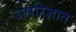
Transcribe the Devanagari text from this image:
अपरिज्ञात